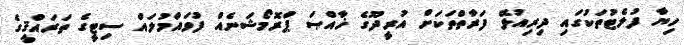
ހިޔާ ފުލެޓުތަކުގައި ދިރިއުޅޭ ފަރާތްތަކަށް އުރީދޫގެ ޚާއްޞަ ޕްރޮމޯޝަނެއް ފުވައްމުލައް ސިޓީގެ ތަރައްޤީގެ